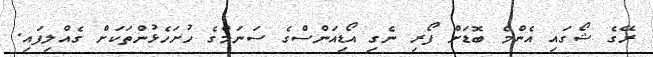
ރޭގެ ޝޯގައި އެންމެ ބޮޑަށް ފޯރި ނެގި އޯޑިއަންސްގެ ސަނަމްގެ ހުށަހެޅުންތަކަަށް ގެއްލިފައި.